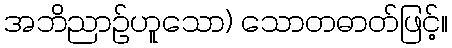
အဘိညာဉ်ဟူသော) သောတဓာတ်ဖြင့်။